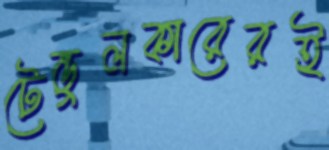
টেন্ডুলকারেরই